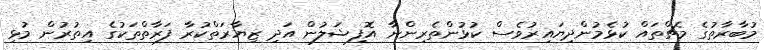
މުބާރާތުގެ މެޗްތައް ކުޅެމުންދިޔައިރުވެސް ކުޅުންތެރިންނާ އޮފިޝަލުން އަދި ޒިޔާރަތްކުރާ ފަރާތްތަކުގެ އިތުރުން މުޅި